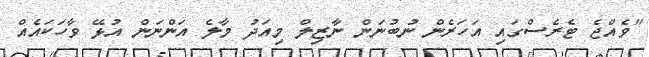
"ވެއްޖެ ޓެރެސްގައި އަހަރެން ނުބުނަން ނާޒިލް މިއަދު މާލެ އަންނަން އުޅޭ ވާހަކައެއް